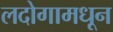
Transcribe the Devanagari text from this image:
लदोगामधून